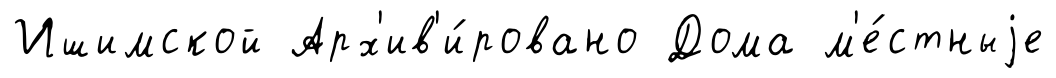
Ишимской Арх'ив'и́ровано Дома м'е́стныjе